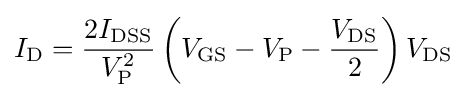
I_{\text{D}}={\frac {2I_{\text{DSS}}}{V_{\text{P}}^{2}}}\left(V_{\text{GS}}-V_{\text{P}}-{\frac {V_{\text{DS}}}{2}}\right)V_{\text{DS}}